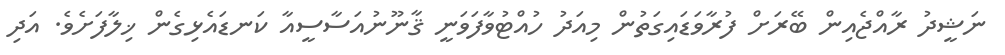
ނަޝީދު ރާއްޖެއިން ބޭރަށް ފުރާވަޑައިގަތުން މިއަދު ހުއްޓުވާފަވަނީ ޤާނޫނުއަސާސީއާ ކަނޑައެޅިގެން ޚިލާފަށެވެ. އަދި